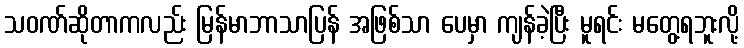
သဝဏ်ဆိုတာကလည်း မြန်မာဘာသာပြန် အဖြစ်သာ ပေမှာ ကျန်ခဲ့ပြီး မူရင်း မတွေ့ရဘူးလို့